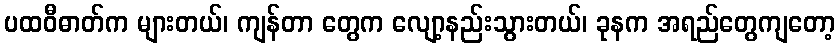
ပထဝီဓာတ်က များတယ်၊ ကျန်တာ တွေက လျော့နည်းသွားတယ်၊ ခုနက အရည်တွေကျတော့